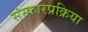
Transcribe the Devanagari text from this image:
संस्कारप्रक्रिया